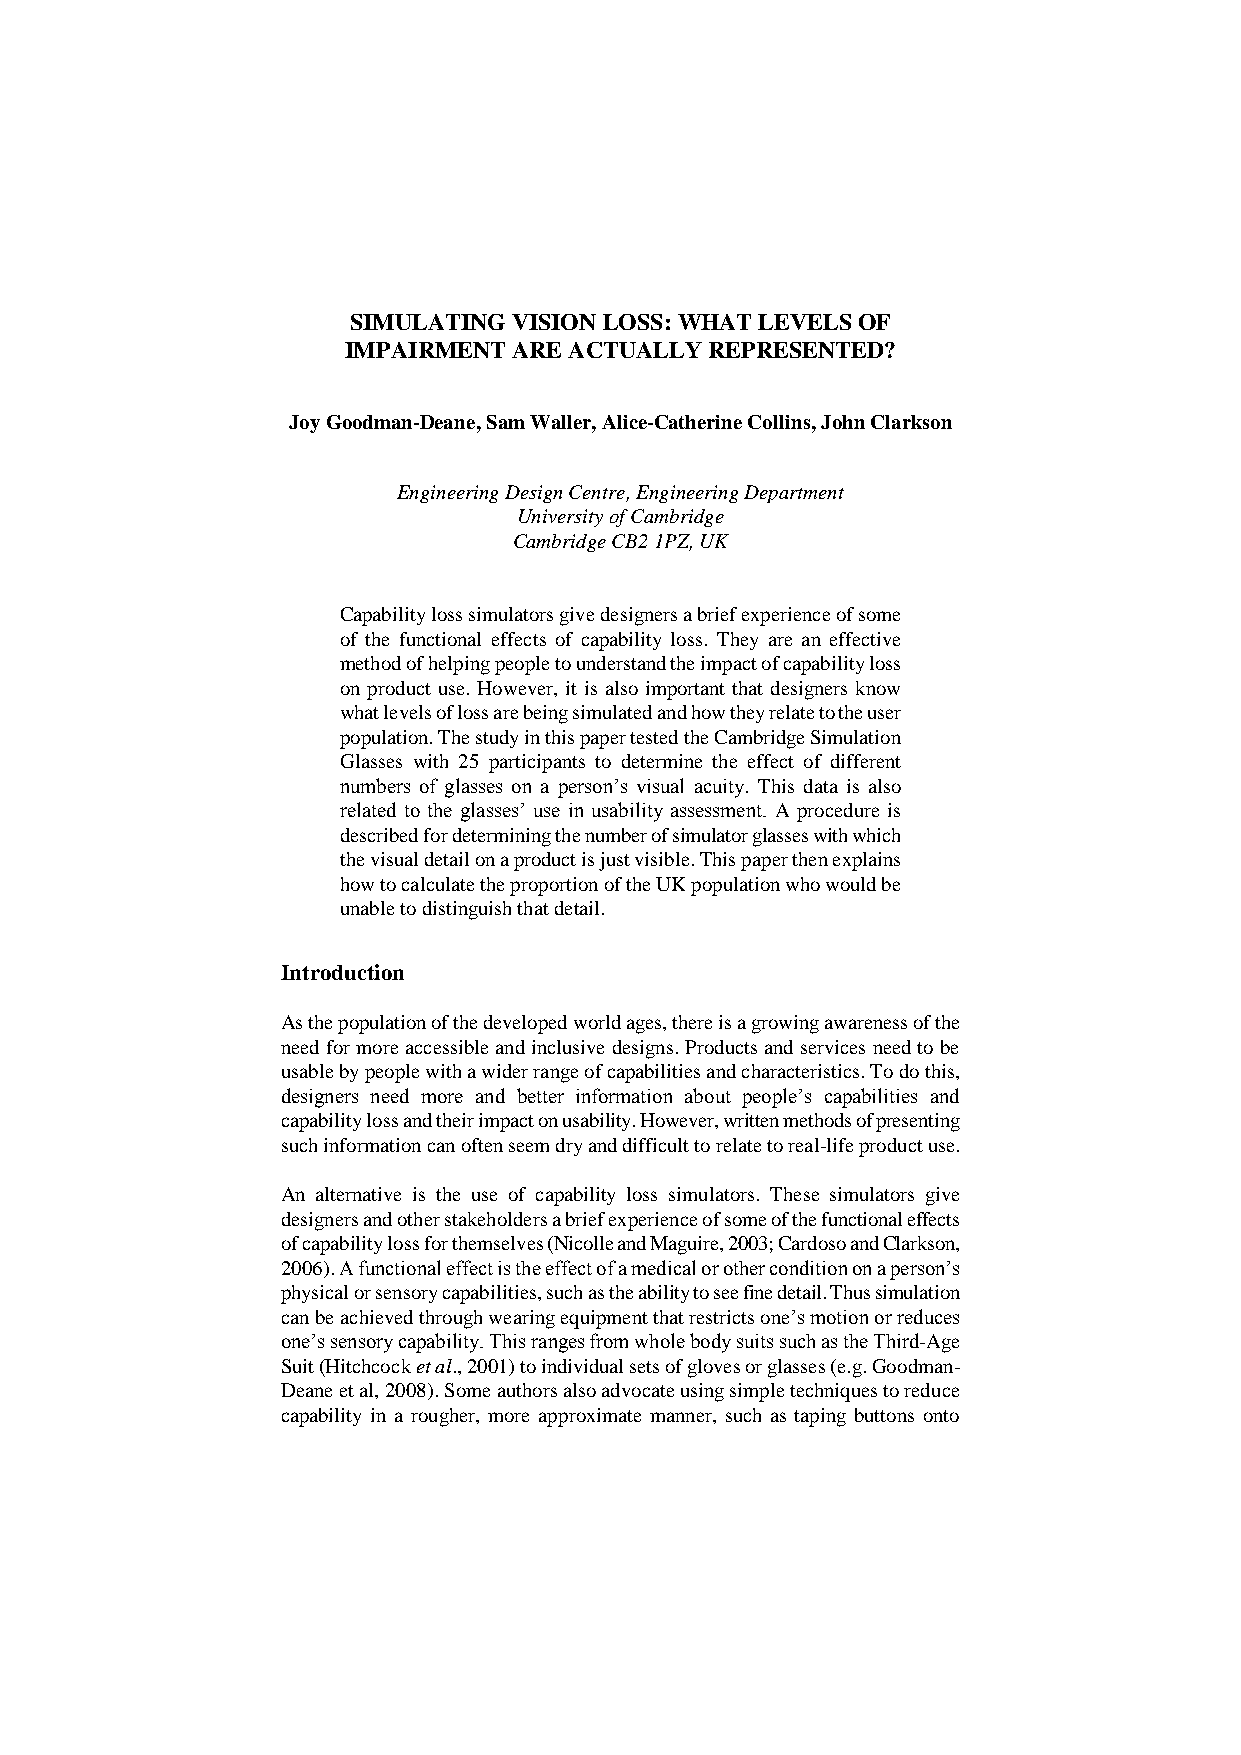
SIMULATING VISION LOSS: WHAT LEVELS OF
 IMPAIRMENT ARE ACTUALLY REPRESENTED?
 Joy Goodman-Deane, Sam Waller, Alice-Catherine Collins, John Clarkson
 Engineering Design Centre, Engineering Department
 University of Cambridge
 Cambridge CB2 1PZ, UK
 Capability loss simulators give designers a brief experience of some
 of the functional effects of capability loss. They are an effective
 method of helping people to understand the impact of capability loss
 on product use. However, it is also important that designers know
 what levels of loss are being simulated and how they relate to the user
 population. The study in this paper tested the Cambridge Simulation
 Glasses with 25 participants to determine the effect of different
 numbers of glasses on a person’s visual acuity. This data is also
 related to the glasses’ use in usability assessment. A procedure is
 described for determining the number of simulator glasses with which
 the visual detail on a product is just visible. This paper then explains
 how to calculate the proportion of the UK population who would be
 unable to distinguish that detail.
 Introduction
 As the population of the developed world ages, there is a growing awareness of the
 need for more accessible and inclusive designs. Products and services need to be
 usable by people with a wider range of capabilities and characteristics. To do this,
 designers need more and better information about people’s capabilities and
 capability loss and their impact on usability. However, written methods of presenting
 such information can often seem dry and difficult to relate to real-life product use.
 An alternative is the use of capability loss simulators. These simulators give
 designers and other stakeholders a brief experience of some of the functional effects
 of capability loss for themselves (Nicolle and Maguire, 2003; Cardoso and Clarkson,
 2006). A functional effect is the effect of a medical or other condition on a person’s
 physical or sensory capabilities, such as the ability to see fine detail. Thus simulation
 can be achieved through wearing equipment that restricts one’s motion or reduces
 one’s sensory capability. This ranges from whole body suits such as the Third-Age
 Suit (Hitchcock et al., 2001) to individual sets of gloves or glasses (e.g. Goodman-
 Deane et al, 2008). Some authors also advocate using simple techniques to reduce
 capability in a rougher, more approximate manner, such as taping buttons onto